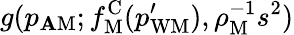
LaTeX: g(p_{\mathbf{A}\mathrm{{M}}};f_{\mathrm{{M}}}^{\mathrm{{C}}}(p_{\mathrm{{WM}}}^{\prime}),\rho_{\mathrm{{M}}}^{-1}s^{2})